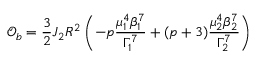
\mathcal { O } _ { b } = \frac { 3 } { 2 } J _ { 2 } R ^ { 2 } \left( - p \frac { \mu _ { 1 } ^ { 4 } \beta _ { 1 } ^ { 7 } } { \Gamma _ { 1 } ^ { 7 } } + ( p + 3 ) \frac { \mu _ { 2 } ^ { 4 } \beta _ { 2 } ^ { 7 } } { \Gamma _ { 2 } ^ { 7 } } \right)